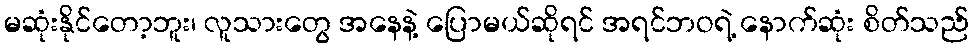
မဆုံးနိုင်တော့ဘူး၊ လူသားတွေ အနေနဲ့ ပြောမယ်ဆိုရင် အရင်ဘဝရဲ့ နောက်ဆုံး စိတ်သည်